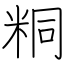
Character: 粡